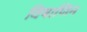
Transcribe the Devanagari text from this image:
विषाणिन